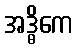
အဒ္ဓိကေ